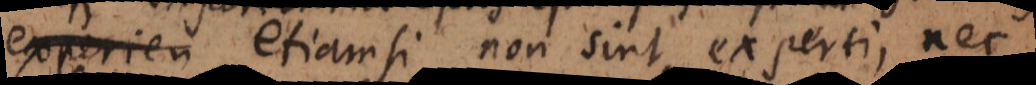
experien etiamsi non sint experti, nec